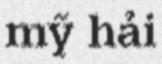
mỹ hải